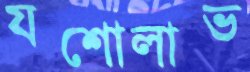
যশোলাভ